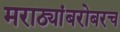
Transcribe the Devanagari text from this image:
मराठ्यांबरोबरच